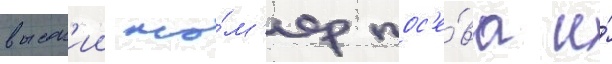
высок'ии но́м'ер пос'е́ва и́